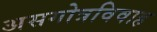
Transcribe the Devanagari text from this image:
असगोत्रविवाह